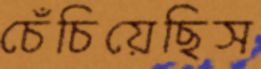
চেঁচিয়েছিস